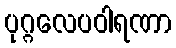
ပုဂ္ဂလေပဝါရဏာ